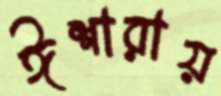
ঈশারায়